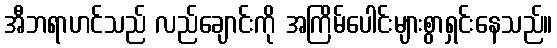
အီဘရာဟင်သည် လည်ချောင်းကို အကြိမ်ပေါင်းများစွာရှင်းနေသည်။